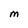
Character: M